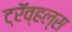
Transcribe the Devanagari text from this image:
ट्रॅव्हल्स